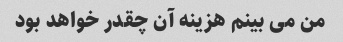
من می بینم هزینه آن چقدر خواهد بود